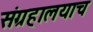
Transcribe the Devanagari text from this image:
संग्रहालयाच